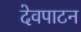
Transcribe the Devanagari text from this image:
देवपाटन